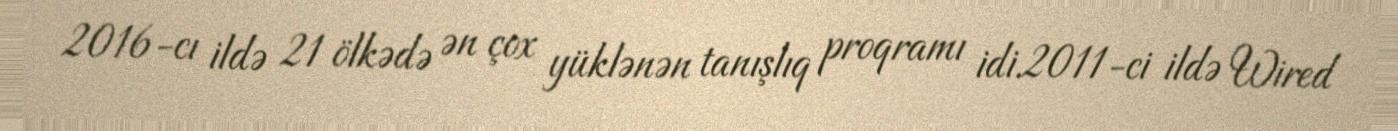
2016-cı ildə 21 ölkədə ən çox yüklənən tanışlıq proqramı idi.2011-ci ildə Wired